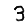
Digit: 3